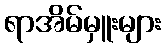
ရာအိမ်မှူးများ